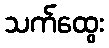
သက်ထွေး